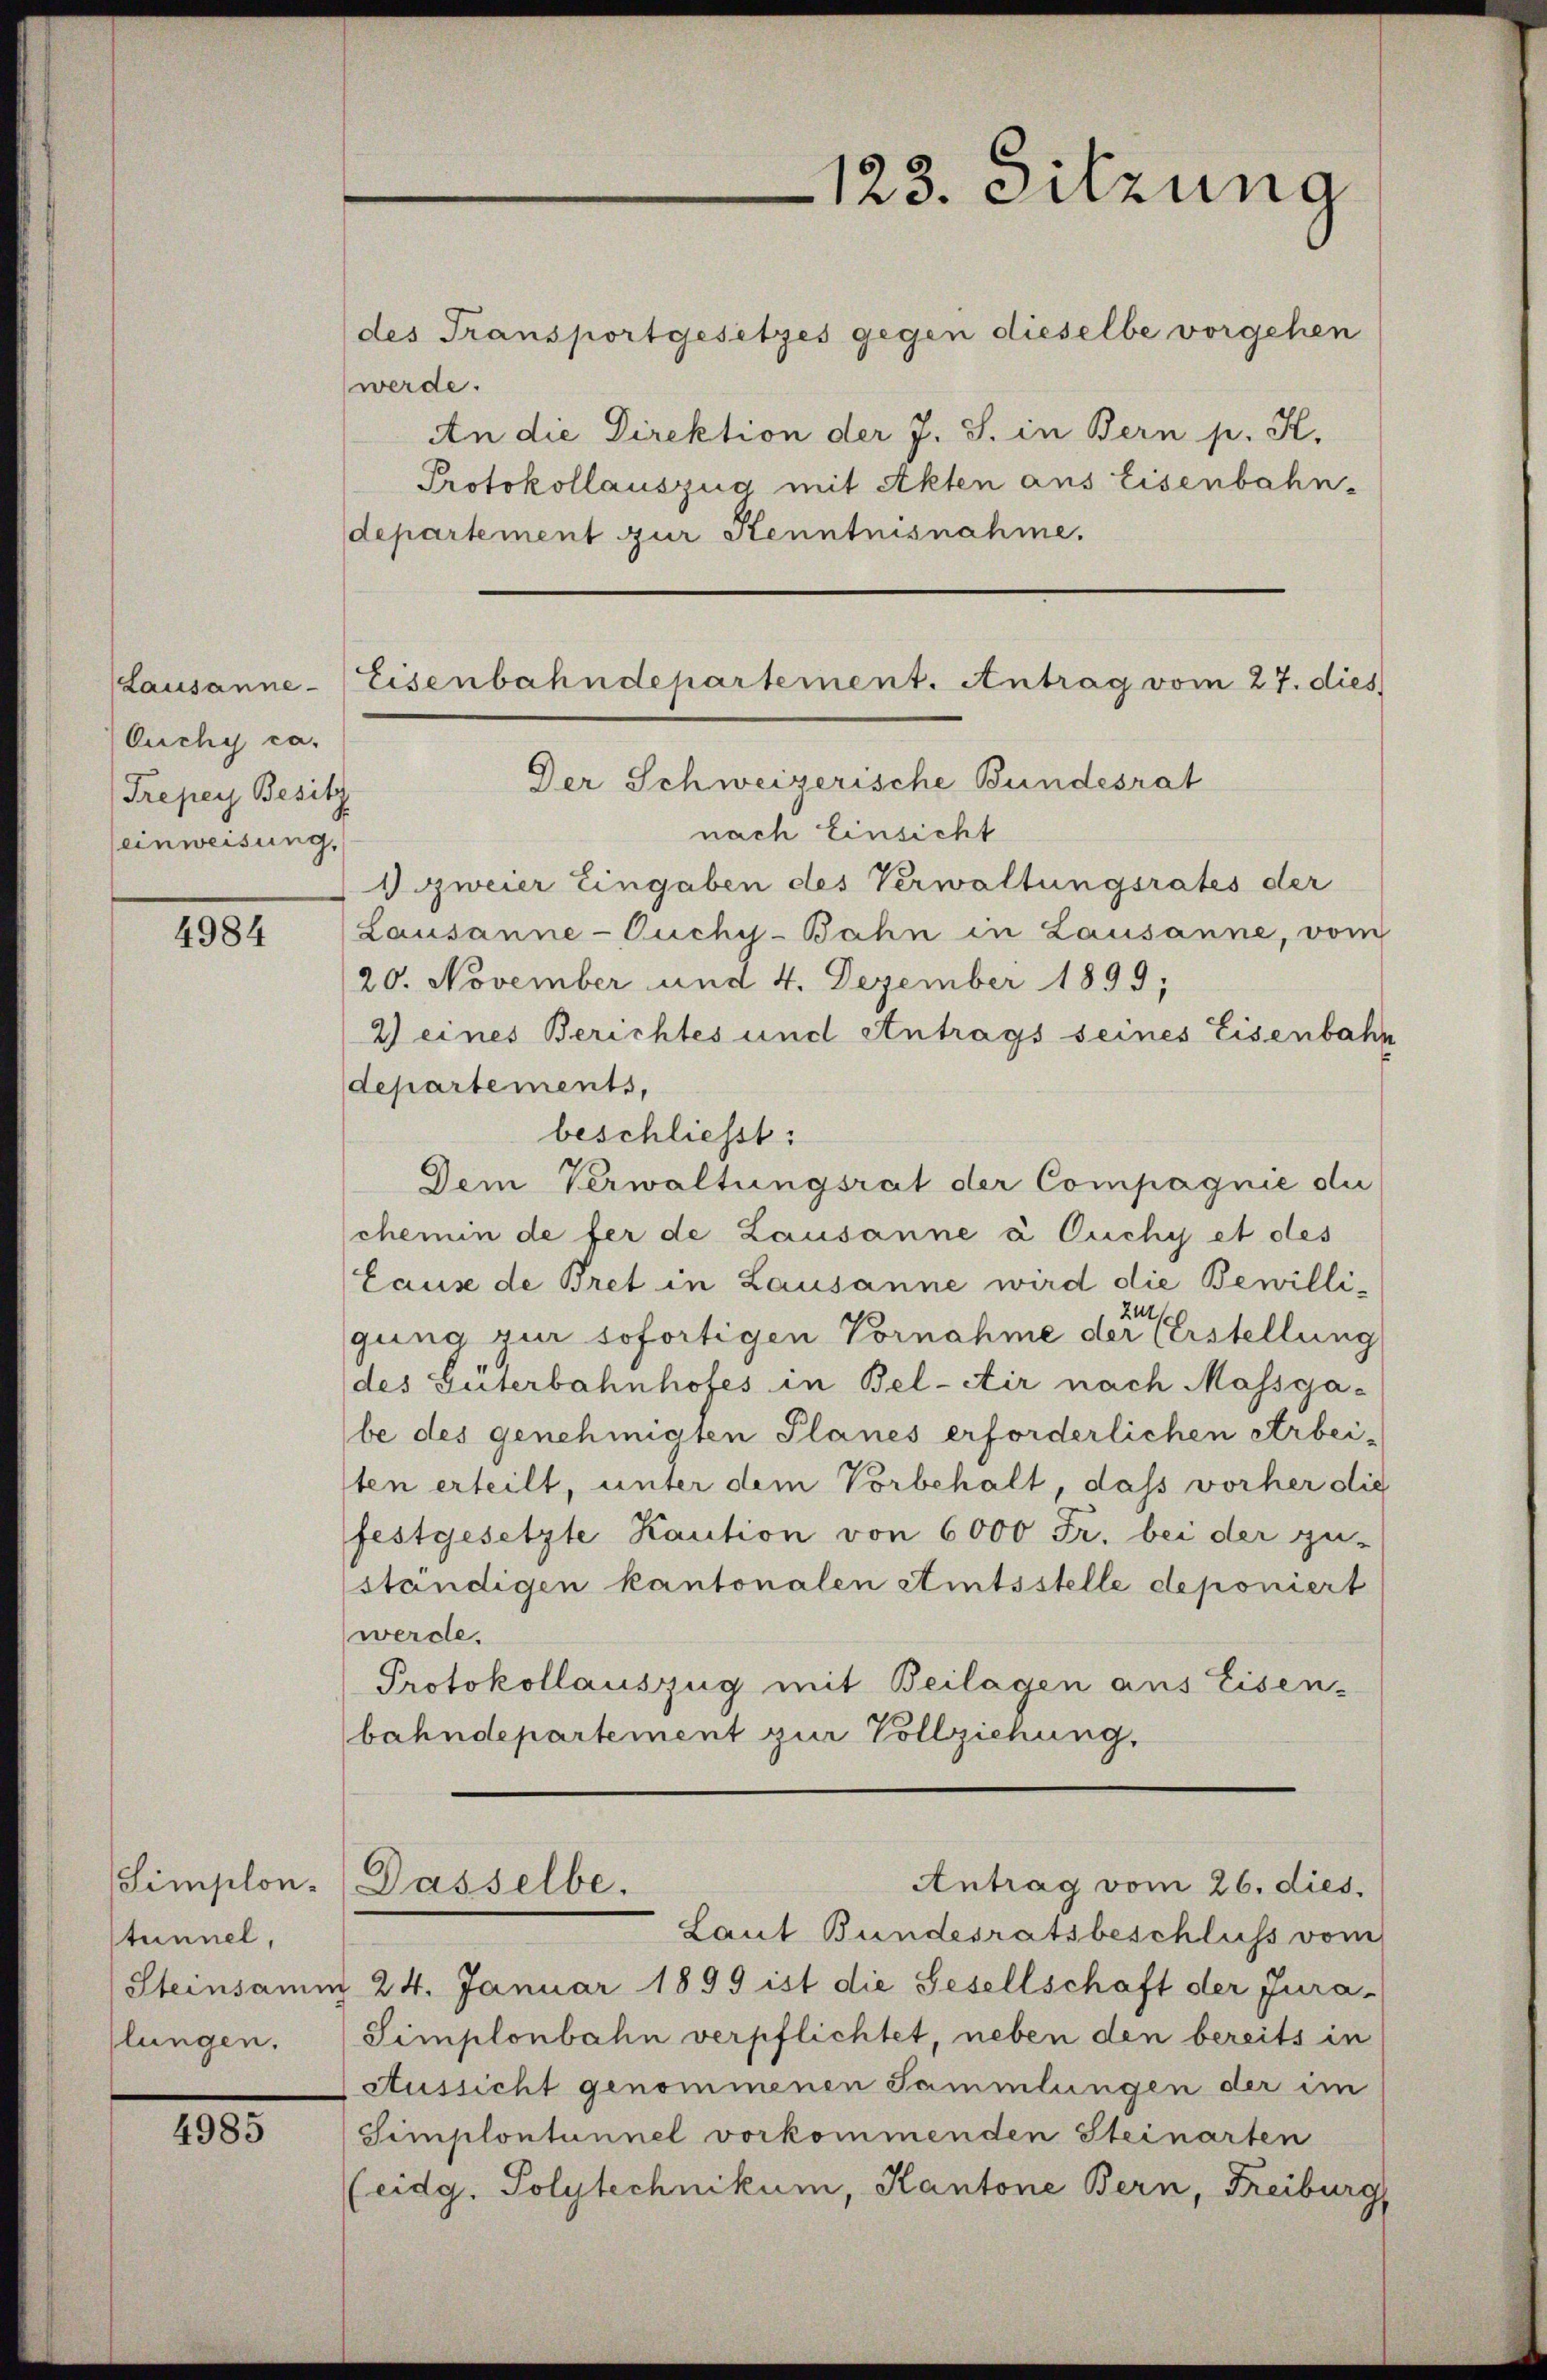
Lausanne
Ouchy ca.
Trepey Besitz
einweisung,

4984

Simplon-
stunnel,
Steinsamm
slungen.

4985

123. Sitzung

des Transportgesetzes gegen dieselbe vorgehen
werde.
An die Direktion der J. J. in Bern p. K.
Protokollauszug mit Akten aus Eisenbahn-
departement zur Kenntnisnahme.
Der Schweizerische Bundesrat
nach Einsicht
Sezweier Eingaben des Verwaltungsrates der
Lausanne-Puchy-Bahn in Lausanne, vom
20. November und 4. Dezember 1899;
2) eines Berichtes und Antrags seines Eisenbahn
departements,
beschliesst:
Dem Verwaltungsrat der Compagnie die
chemin de fer de Lausanne à Cuchy et des
Cause de Bret in Lausanne wird die Bewillizu
gung zur sofortigen Vornahme der Erstellung
des Güterbahnhofes in Bel-Air nach Massgabe des genehmigten Planes erforderlichen Arbei-
sten erteilt, unter dem Vorbehalt, daß vorher die
festgesetzte Kaution von 6000 Fr. bei der gu-
ständigen kantonalen Amtsstelle deponiert
werde.
Protokollauszug mit Beilagen aus Eisen-
bahndepartement zur Vollziehung.

Eisenbahndepartement. Antrag vom 27. dies

Dasselbe.

Antrag vom 26. dies

Laut Bundesratsbeschluss vom
 24. Januar 1899 ist die Gesellschaft der Jura-
Simplonbahn verpflichtet, neben den bereits in
Aussicht genommenen Sammlungen der im
Simplontannel vorkommenden Steinarten
(eidg. Polytechnikum, Kantone Bern, Freiburg